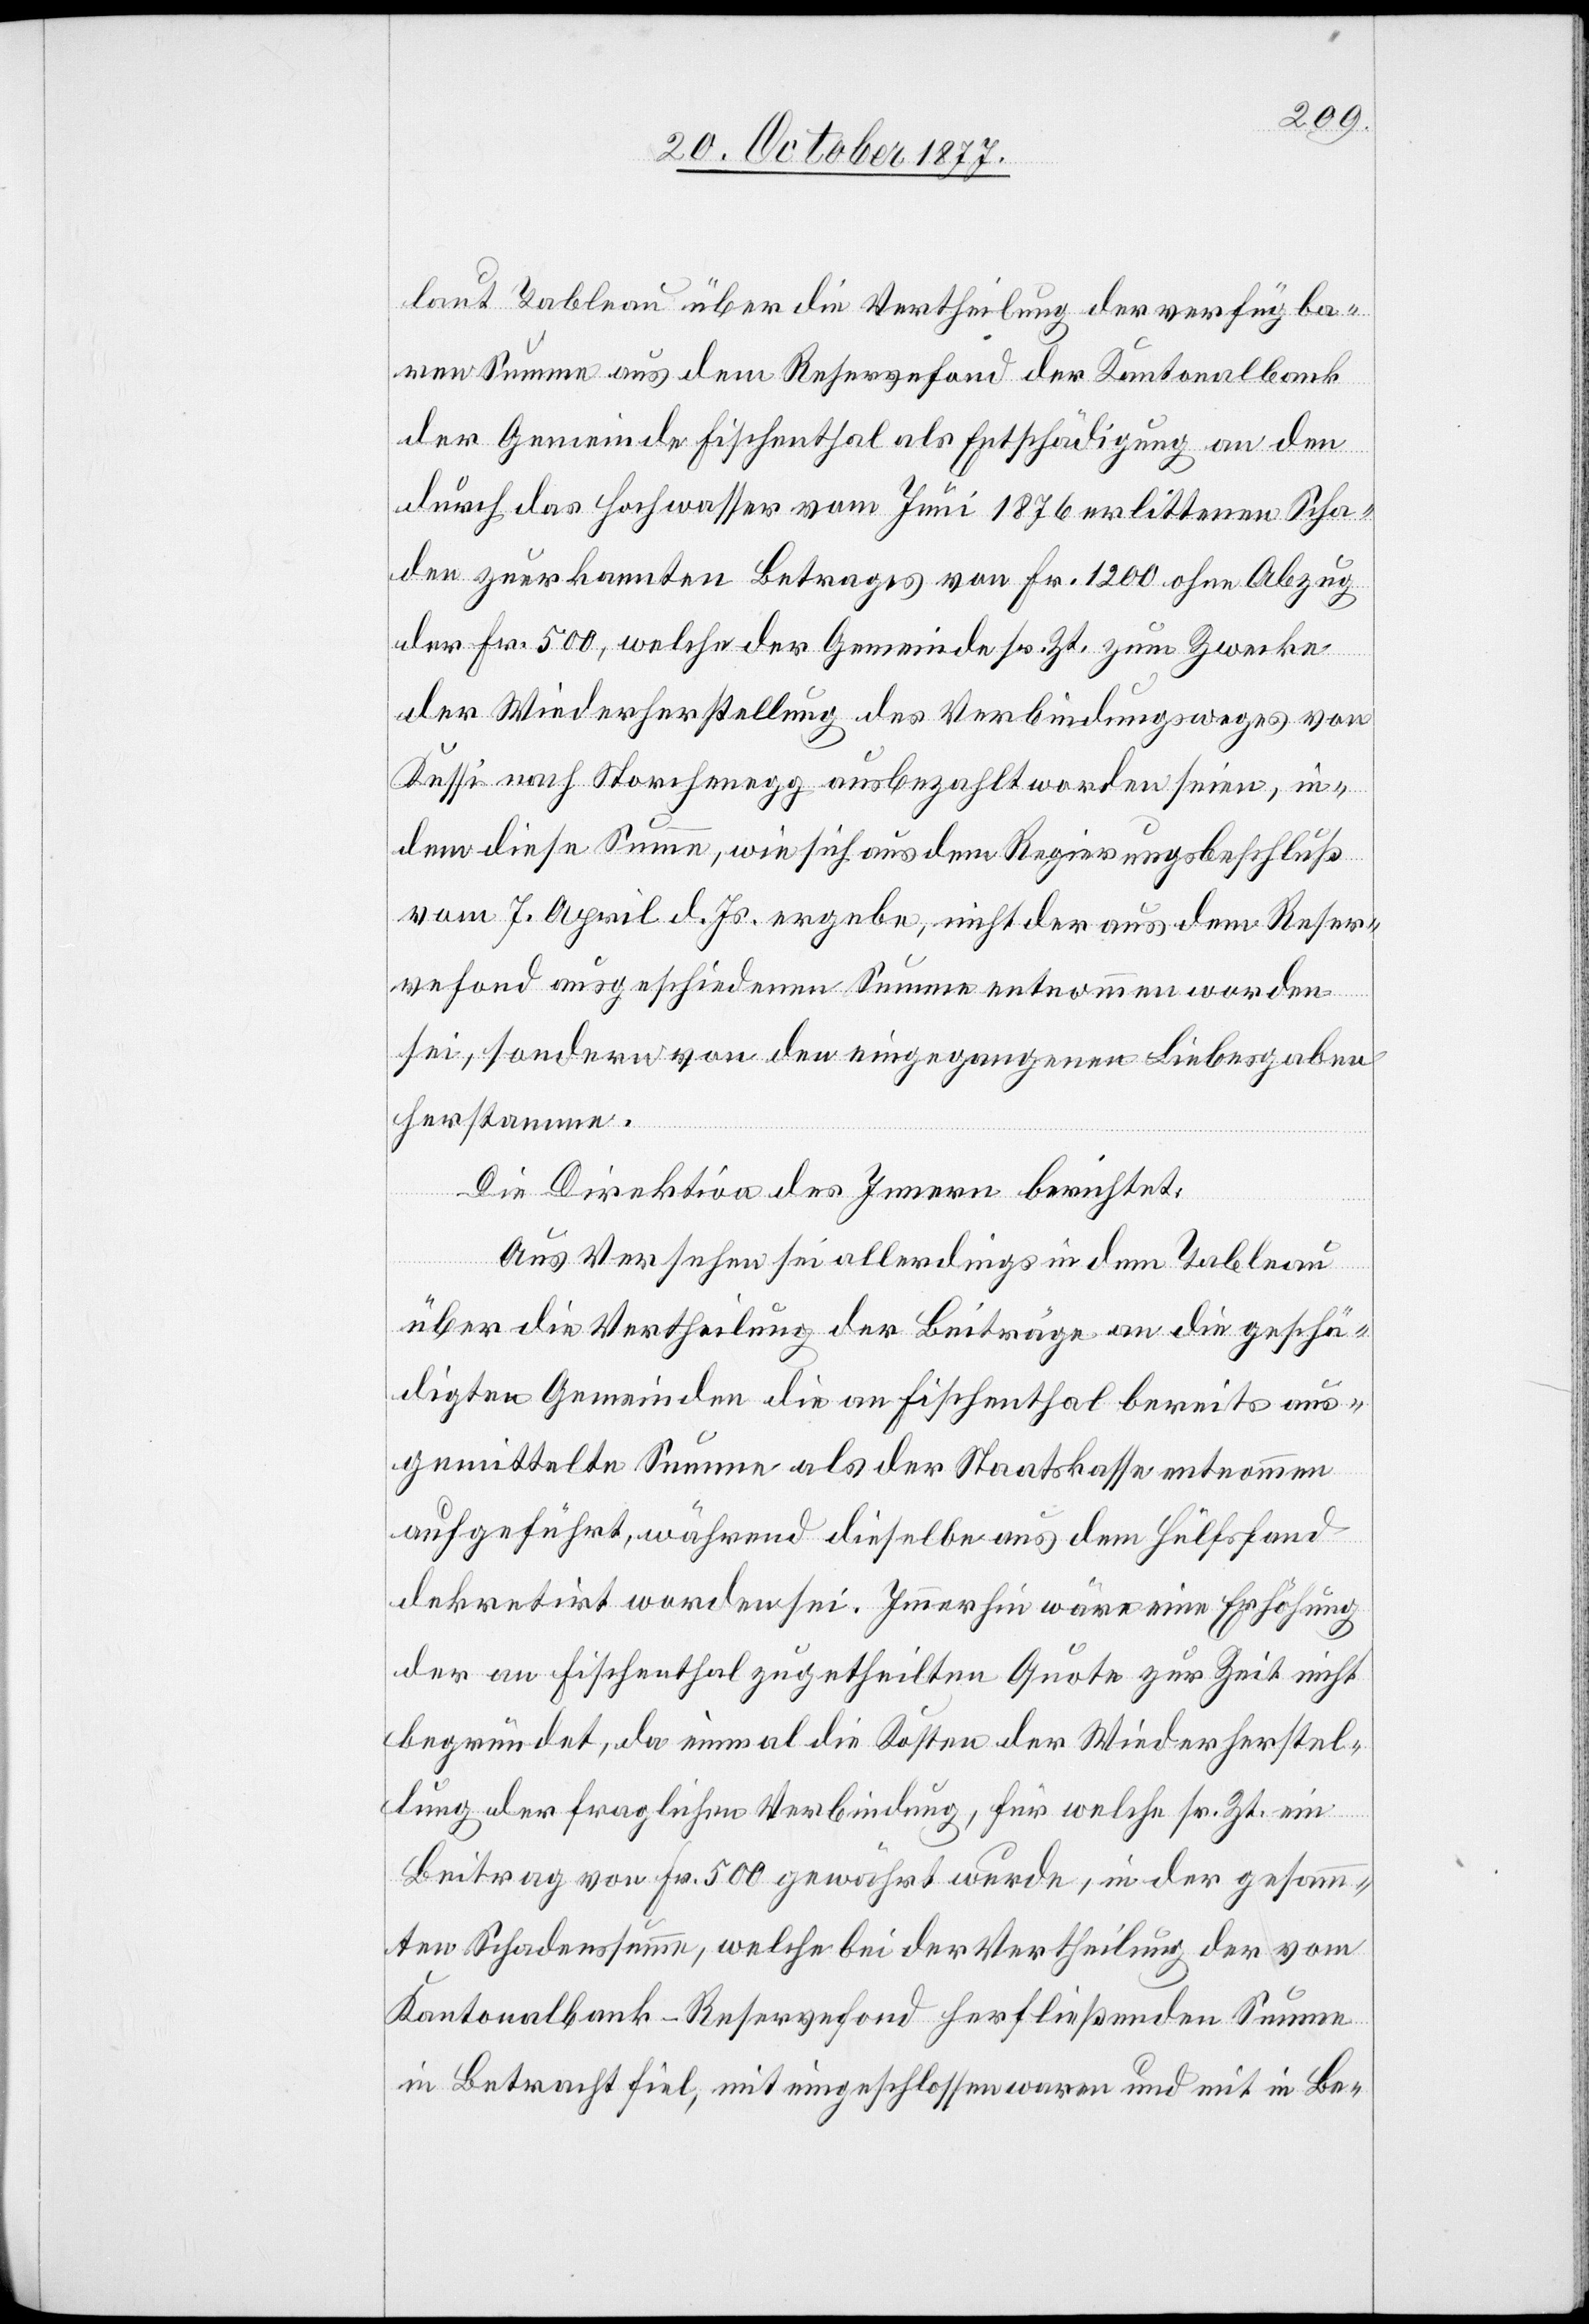
laut Tableau über die Vertheilung der verfügba¬
ren Summe aus dem Reservefond der Kantonalbank
der Gemeinde Fischenthal als Entschädigung an den
durch das Hochwasser vom Juni 1876 erlittenen Scha¬
den zuerkannten Betrages von Fr. 1200 ohne Abzug
der Fr. 500, welche der Gemeinde sr. Zt. zum Zwecke
der Wiederherstellung des Verbindungsweges von
Kessi nach Storchenegg ausbezahlt worden seien, in¬
dem diese Summe, wie sich aus dem Regierungsbeschluß
vom 7. April d. Js. ergebe, nicht der aus dem Reser¬
vefond ausgeschiedenen Summe entnommen worden
sei, sondern von den eingegangenen Liebesgaben
herstamme.
Die Direktion des Innern berichtet:
Aus Versehen sei allerdings in dem Tableau
über die Vertheilung der Beiträge an die geschä¬
digten Gemeinden die an Fischenthal bereits aus¬
gemittelte Summe als der Staatskasse entnommen
aufgeführt, während dieselbe aus dem Hülfsfond
dekretirt worden sei. Immerhin wäre eine Erhöhung
der an Fischenthal zugetheilten Quote zur Zeit nicht
begründet, da einmal die Kosten der Wiederherstel¬
lung der fraglichen Verbindung, für welche sr. Zt. ein
Beitrag von Fr. 500 gewährt wurde, in der gesamm¬
ten Schadenssumme, welche bei der Vertheilung der vom
Kantonalbank-Reservefond herfließenden Summe
in Betracht fiel, mit eingeschlossen waren und mit in Be-